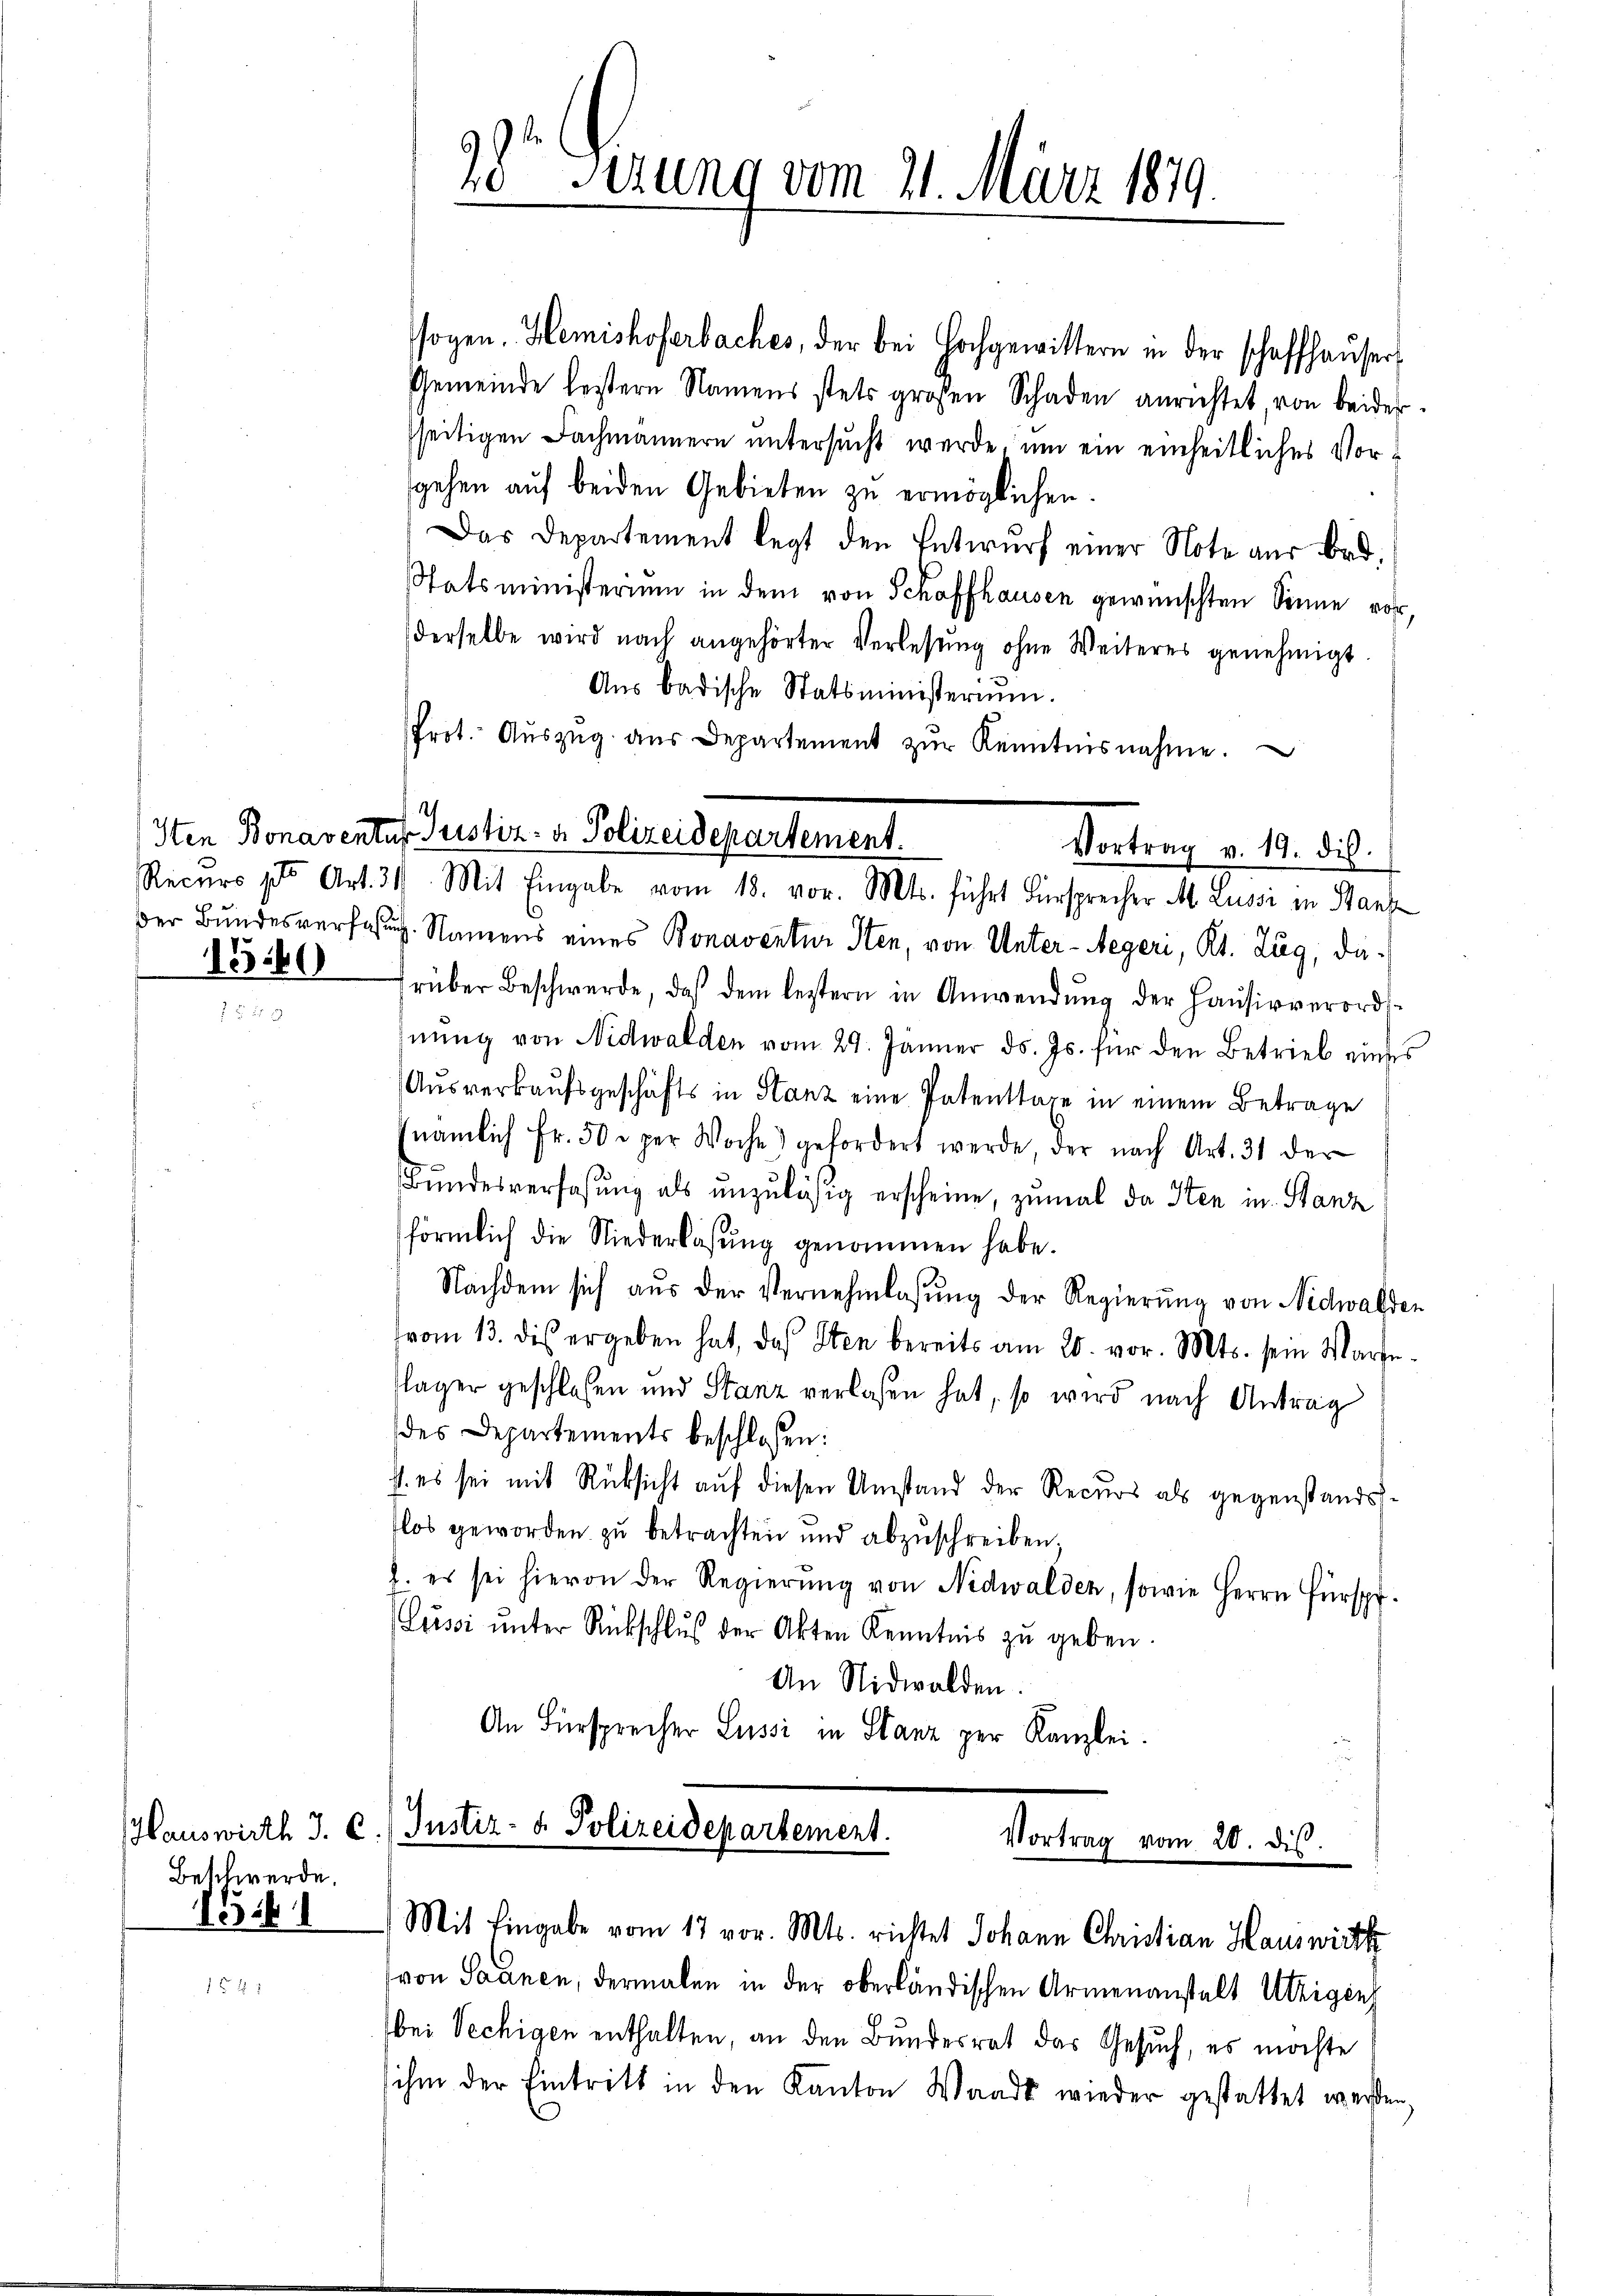
1560

Beschwerde.

15.1

6
10 sizung vom 21. März 1879.

sogen. Hemishoferbaches, der bei Hochgewittern in der schaffhauser¬
Gemeinde leistern Namens stets großen Schaden anrichtet, von beider
sseitigen Fachmännern untersucht werde, um ein einheitliches Vorgehen auf beiden Gebieten zu ermöglichen.
Das Departement legt den Entwurf einer Note aus Brd.
Statsministerium in dem von Schaffhausen gewünschten Sinne vor,
derselbe wird nach angehörter Verlesung ohne Weiteres genehmigt
Aŭs badische Statsministerium.
Prot. Aŭszŭg aŭs Departement zŭr Kenntnisnahme.

4
Iten Bonaventur Justiz- & Polizeidepartement.
Vortrag v. 19. dis.
Recurs ptr. Art. 31. Mit Eingabe vom 18. vor. Mts. führt Fürsprecher M. Lussi in Stanz

Hauswirth J. C. Justiz- & Polizeidepartement.
Vortrag vom 20. dis
Mit Eingabe vom 17 vor. Mts. richtet Johann Christian Hauswirth

von Saanen, dermalen in der oberländischen Armenanstalt Utzigenz
bei Vechigen enthalten, an den Bundesrat das Gesuch, es möchte
ihm der Eintritt in den Kanton Waadt wieder gestattet werden

der Bundesverfaßung. Namens eines Bonaventur Sten, von Unter-Aegeri, Kt. Zug, darüber Beschwerde, daß dem leztern in Anwendŭng der Haŭsirverord-
nung von Nidwalden vom 29. Jänner d. Js. für den Betrieb eines
Ausverkaufsgeschäfts in Stanz eine Patenstage in einem Betrage
nämlich Fr. 50 r per Woche) gefordert werde, der nach Art. 31 der
Bundesverfaßung als unzuläßig erscheine, zumal da Iten in Stanz
förmlich die Niederlassung genommen habe.
Nachdem sich aŭs der Vernehmlassŭng der Regierŭng von Nidwalden
vom 13. des ergeben hat, das Sten bereits am 20. vor. Mts. sein Warte-
Plager geschlossen und Stanz verlassen hat, so wird nach Antrag
des Departements beschlossen:
. es sei mit Rücksicht auf diesen Umstand der Recurs als gegenstandsflos geworden zu betrachten und abzŭschreiben,
2. es sei hievon der Regierŭng von Nidwalden, sowie Herrn Fürspr.
Lussi ŭnter Rückschlŭβ der Akten Kenntnis zŭ geben.
An Nidwalden.
An Fürsprecher Lussi in Stanz per Kanzlei.